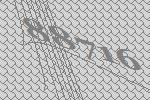
88716